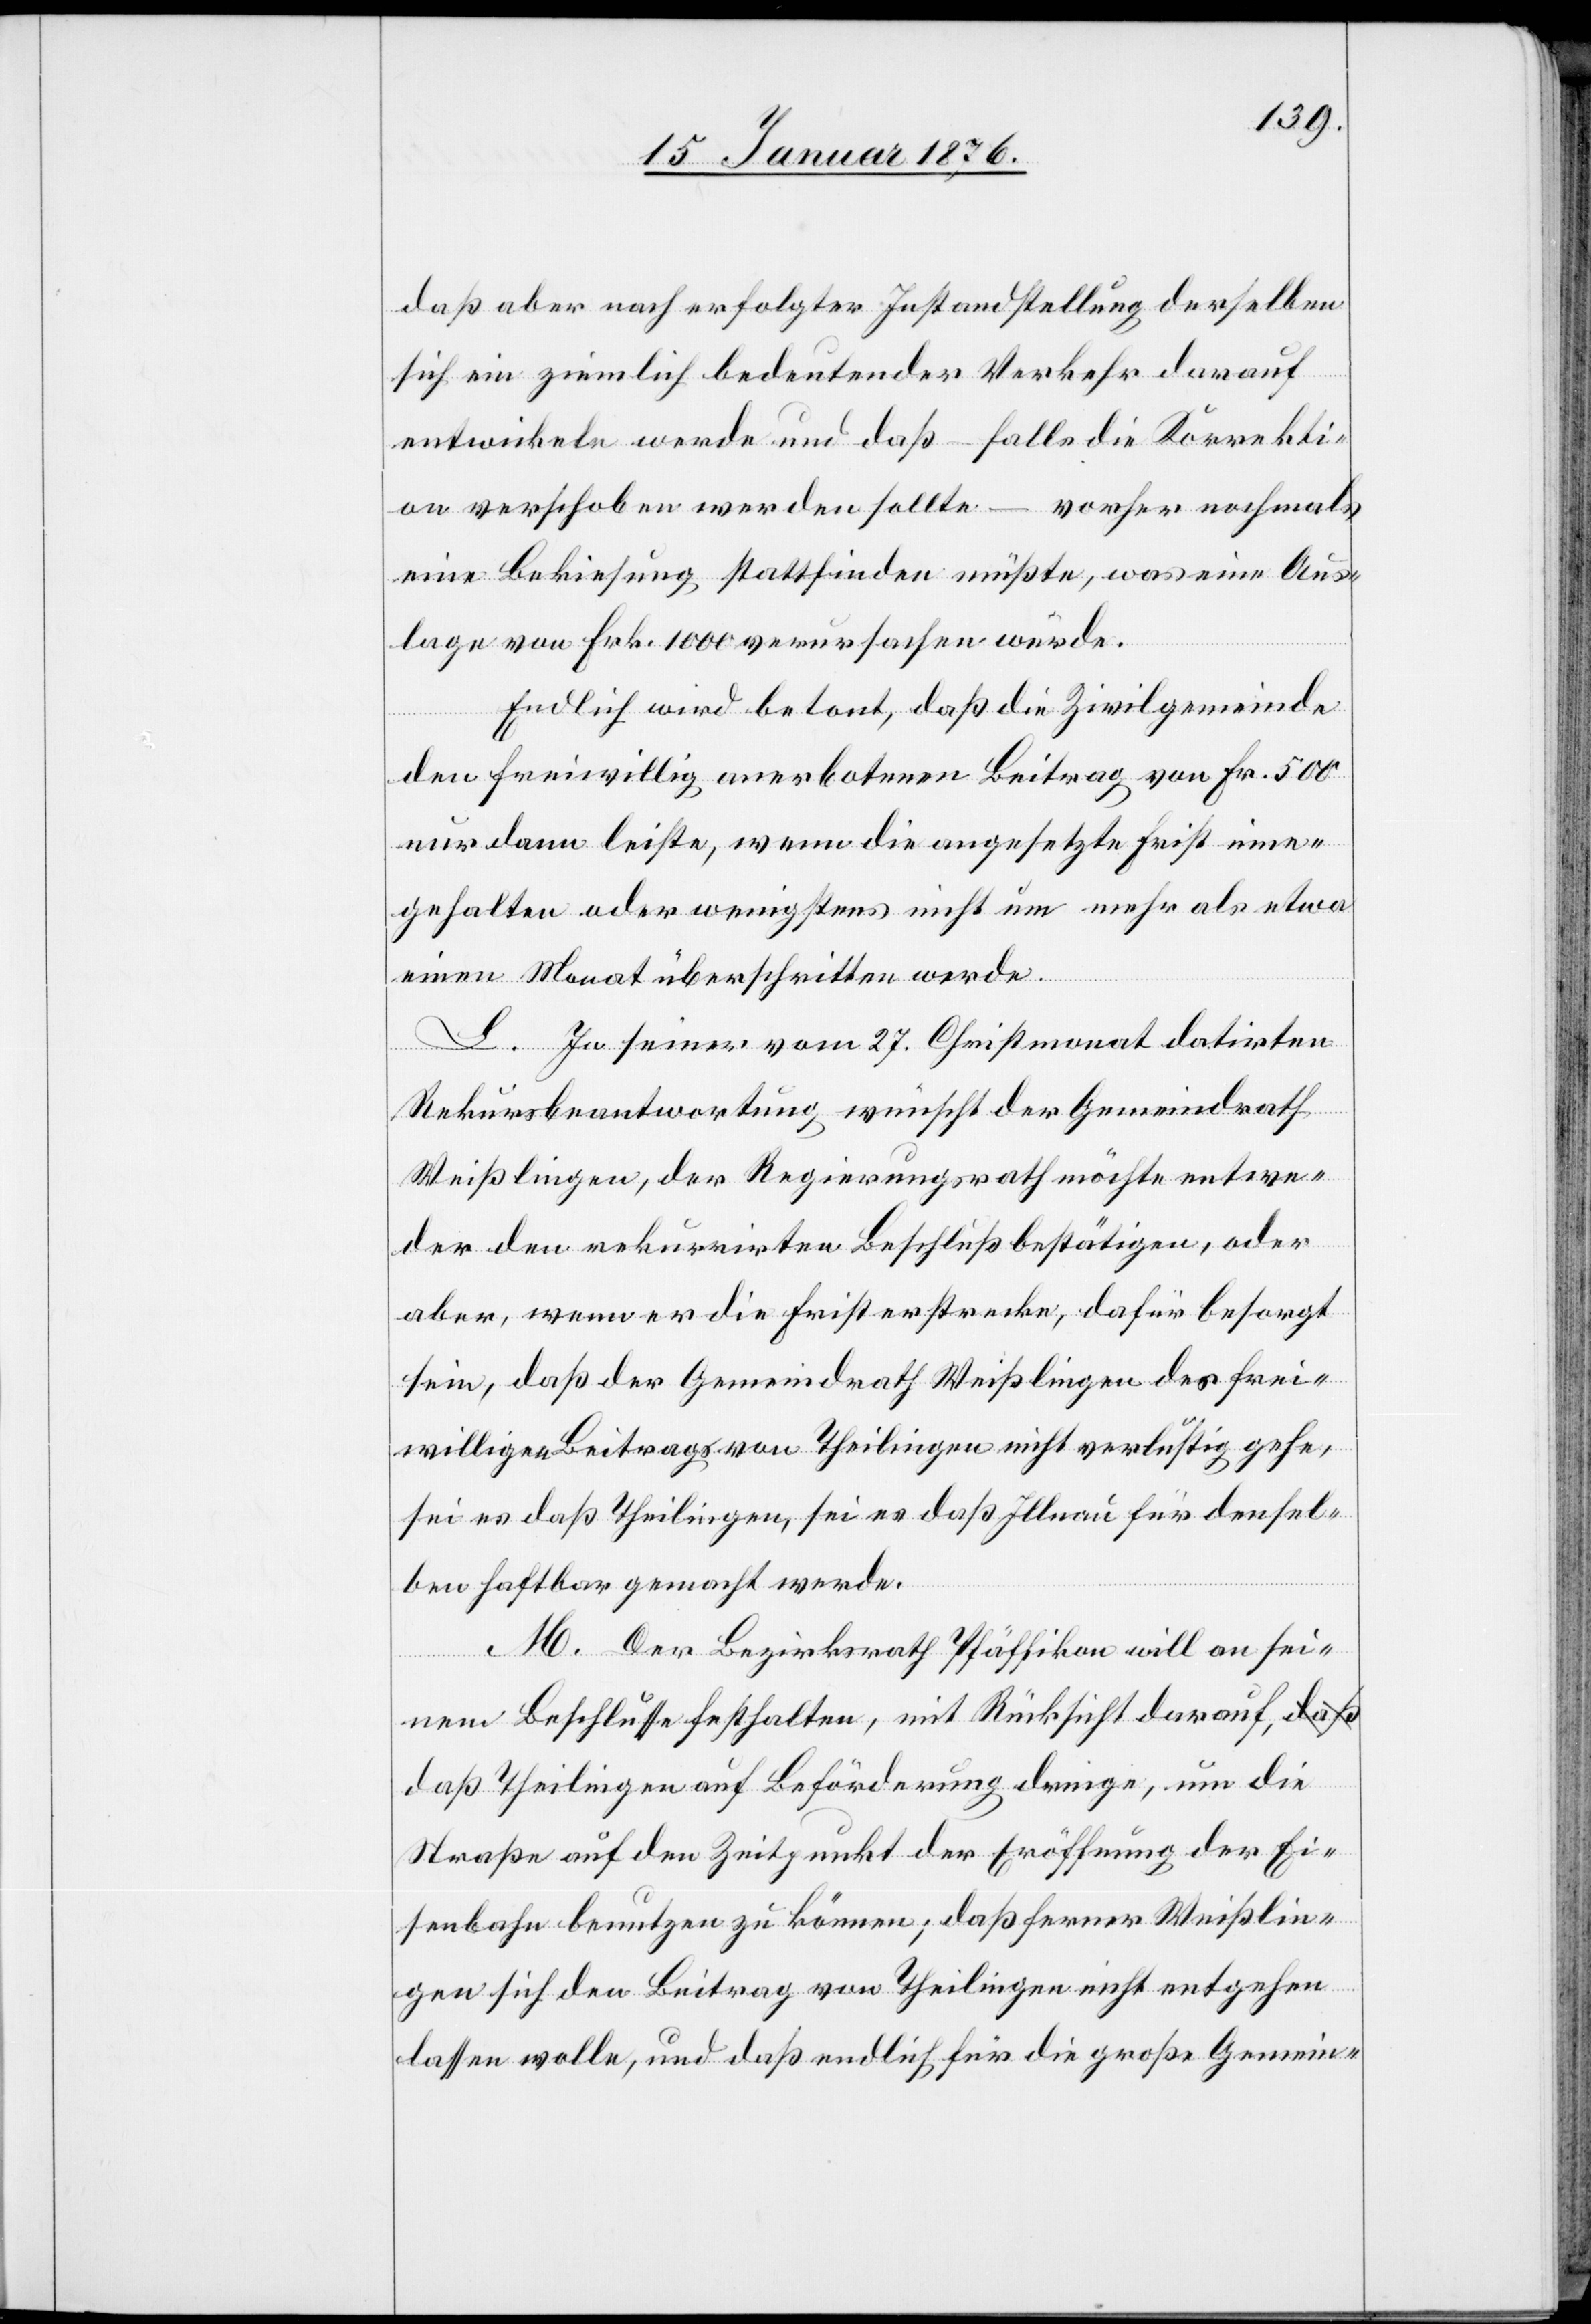
daß aber nach erfolgter Instandstellung derselben
sich ein ziemlich bedeutender Verkehr darauf
entwickeln werde und daß – falls die Korrekti¬
on verschoben werden sollte – vorher nochmals
eine Bekiesung stattfinden müßte, was eine Aus¬
lage von Frk. 1000 verursachen würde.
Endlich wird betont, daß die Zivilgemeinde
den freiwillig anerbotenen Beitrag von Fr. 500
nur dann leiste, wenn die angesetzte Frist inne¬
gehalten oder wenigstens nicht um mehr als etwa
einen Monat überschritten werde.
L. In seiner vom 27. Christmonat datirten
Rekursbeantwortung wünscht der Gemeindrath
Weißlingen, der Regierungsrath möchte entwe¬
der den rekurrirten Beschluß bestätigen, oder
aber, wenn er die Frist erstrecke, dafür besorgt
sein, daß der Gemeindrath Weißlingen des frei¬
willigen Beitrags von Theilingen nicht verlustig gehe,
sei es daß Theilingen, sei es daß Illnau für densel¬
ben haftbar gemacht werde.
M. Der Bezirksrath Pfäffikon will an sei¬
nem Beschlusse festhalten, mit Rücksicht darauf, d¬
aß Theilingen auf Beförderung dringe, um die
Straße auf den Zeitpunkt der Eröffnung der Ei¬
senbahn benutzen zu können; daß ferner Weißlin¬
gen sich den Beitrag von Theilingen nicht entgehen
lassen wolle, und daß endlich für die große Gemein-